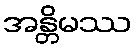
အန္တိမဿ